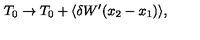
T _ { 0 } \rightarrow T _ { 0 } + \langle \delta W ^ { \prime } ( x _ { 2 } - x _ { 1 } ) \rangle ,